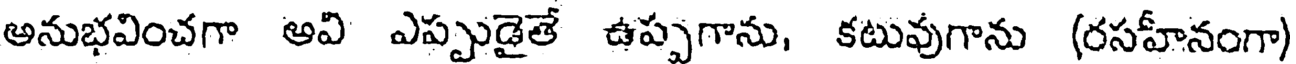
అనుభవించగా అవి ఎప్పుడైతే ఉప్పగాను, కటువుగాను (రసహీనంగా)